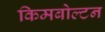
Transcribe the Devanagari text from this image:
किमबोल्टन